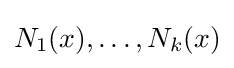
N_{1}(x),\dots ,N_{k}(x)